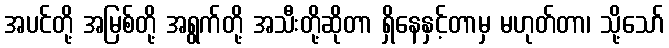
အပင်တို့ အမြစ်တို့ အရွက်တို့ အသီးတို့ဆိုတာ ရှိနေနှင့်တာမှ မဟုတ်တာ၊ သို့သော်